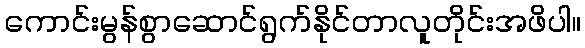
ကောင်းမွန်စွာဆောင်ရွက်နိုင်တာလူတိုင်းအဖိပါ။